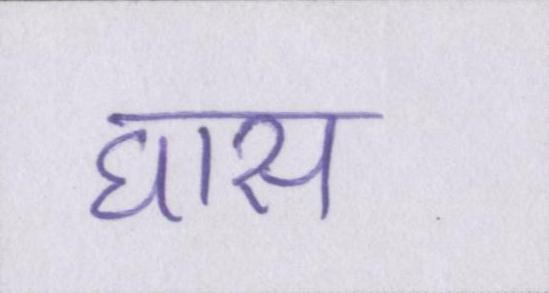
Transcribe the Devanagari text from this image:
घास